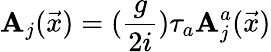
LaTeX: \mathbf{A}_{j}(\vec{{x}})=(\frac{{g}}{{2i}})\tau_{a}\mathbf{A}_{j}^{a}(\vec{{x}})